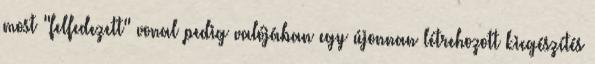
most "felfedezett" vonal pedig valójában egy újonnan létrehozott kiegészítés